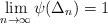
LaTeX: \begin{align*}\lim_{n\to \infty }\psi(\Delta_n)=1\end{align*}